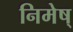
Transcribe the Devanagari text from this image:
निमेष्